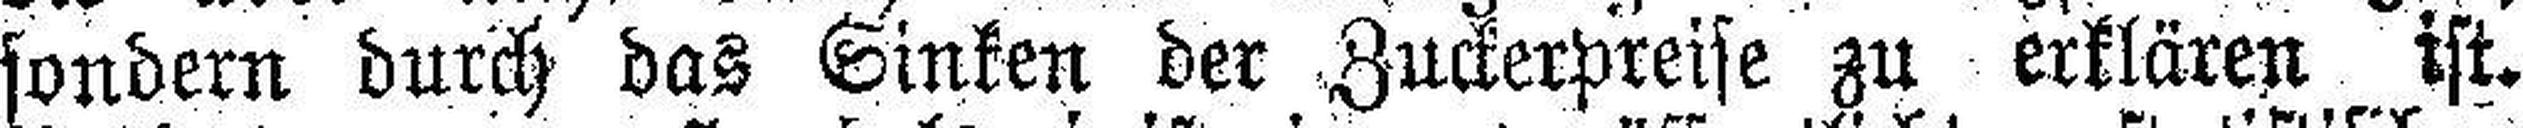
sondern durch das Sinken der Zuckerpreise zu erklären ist.